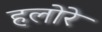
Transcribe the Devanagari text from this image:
हलोरे